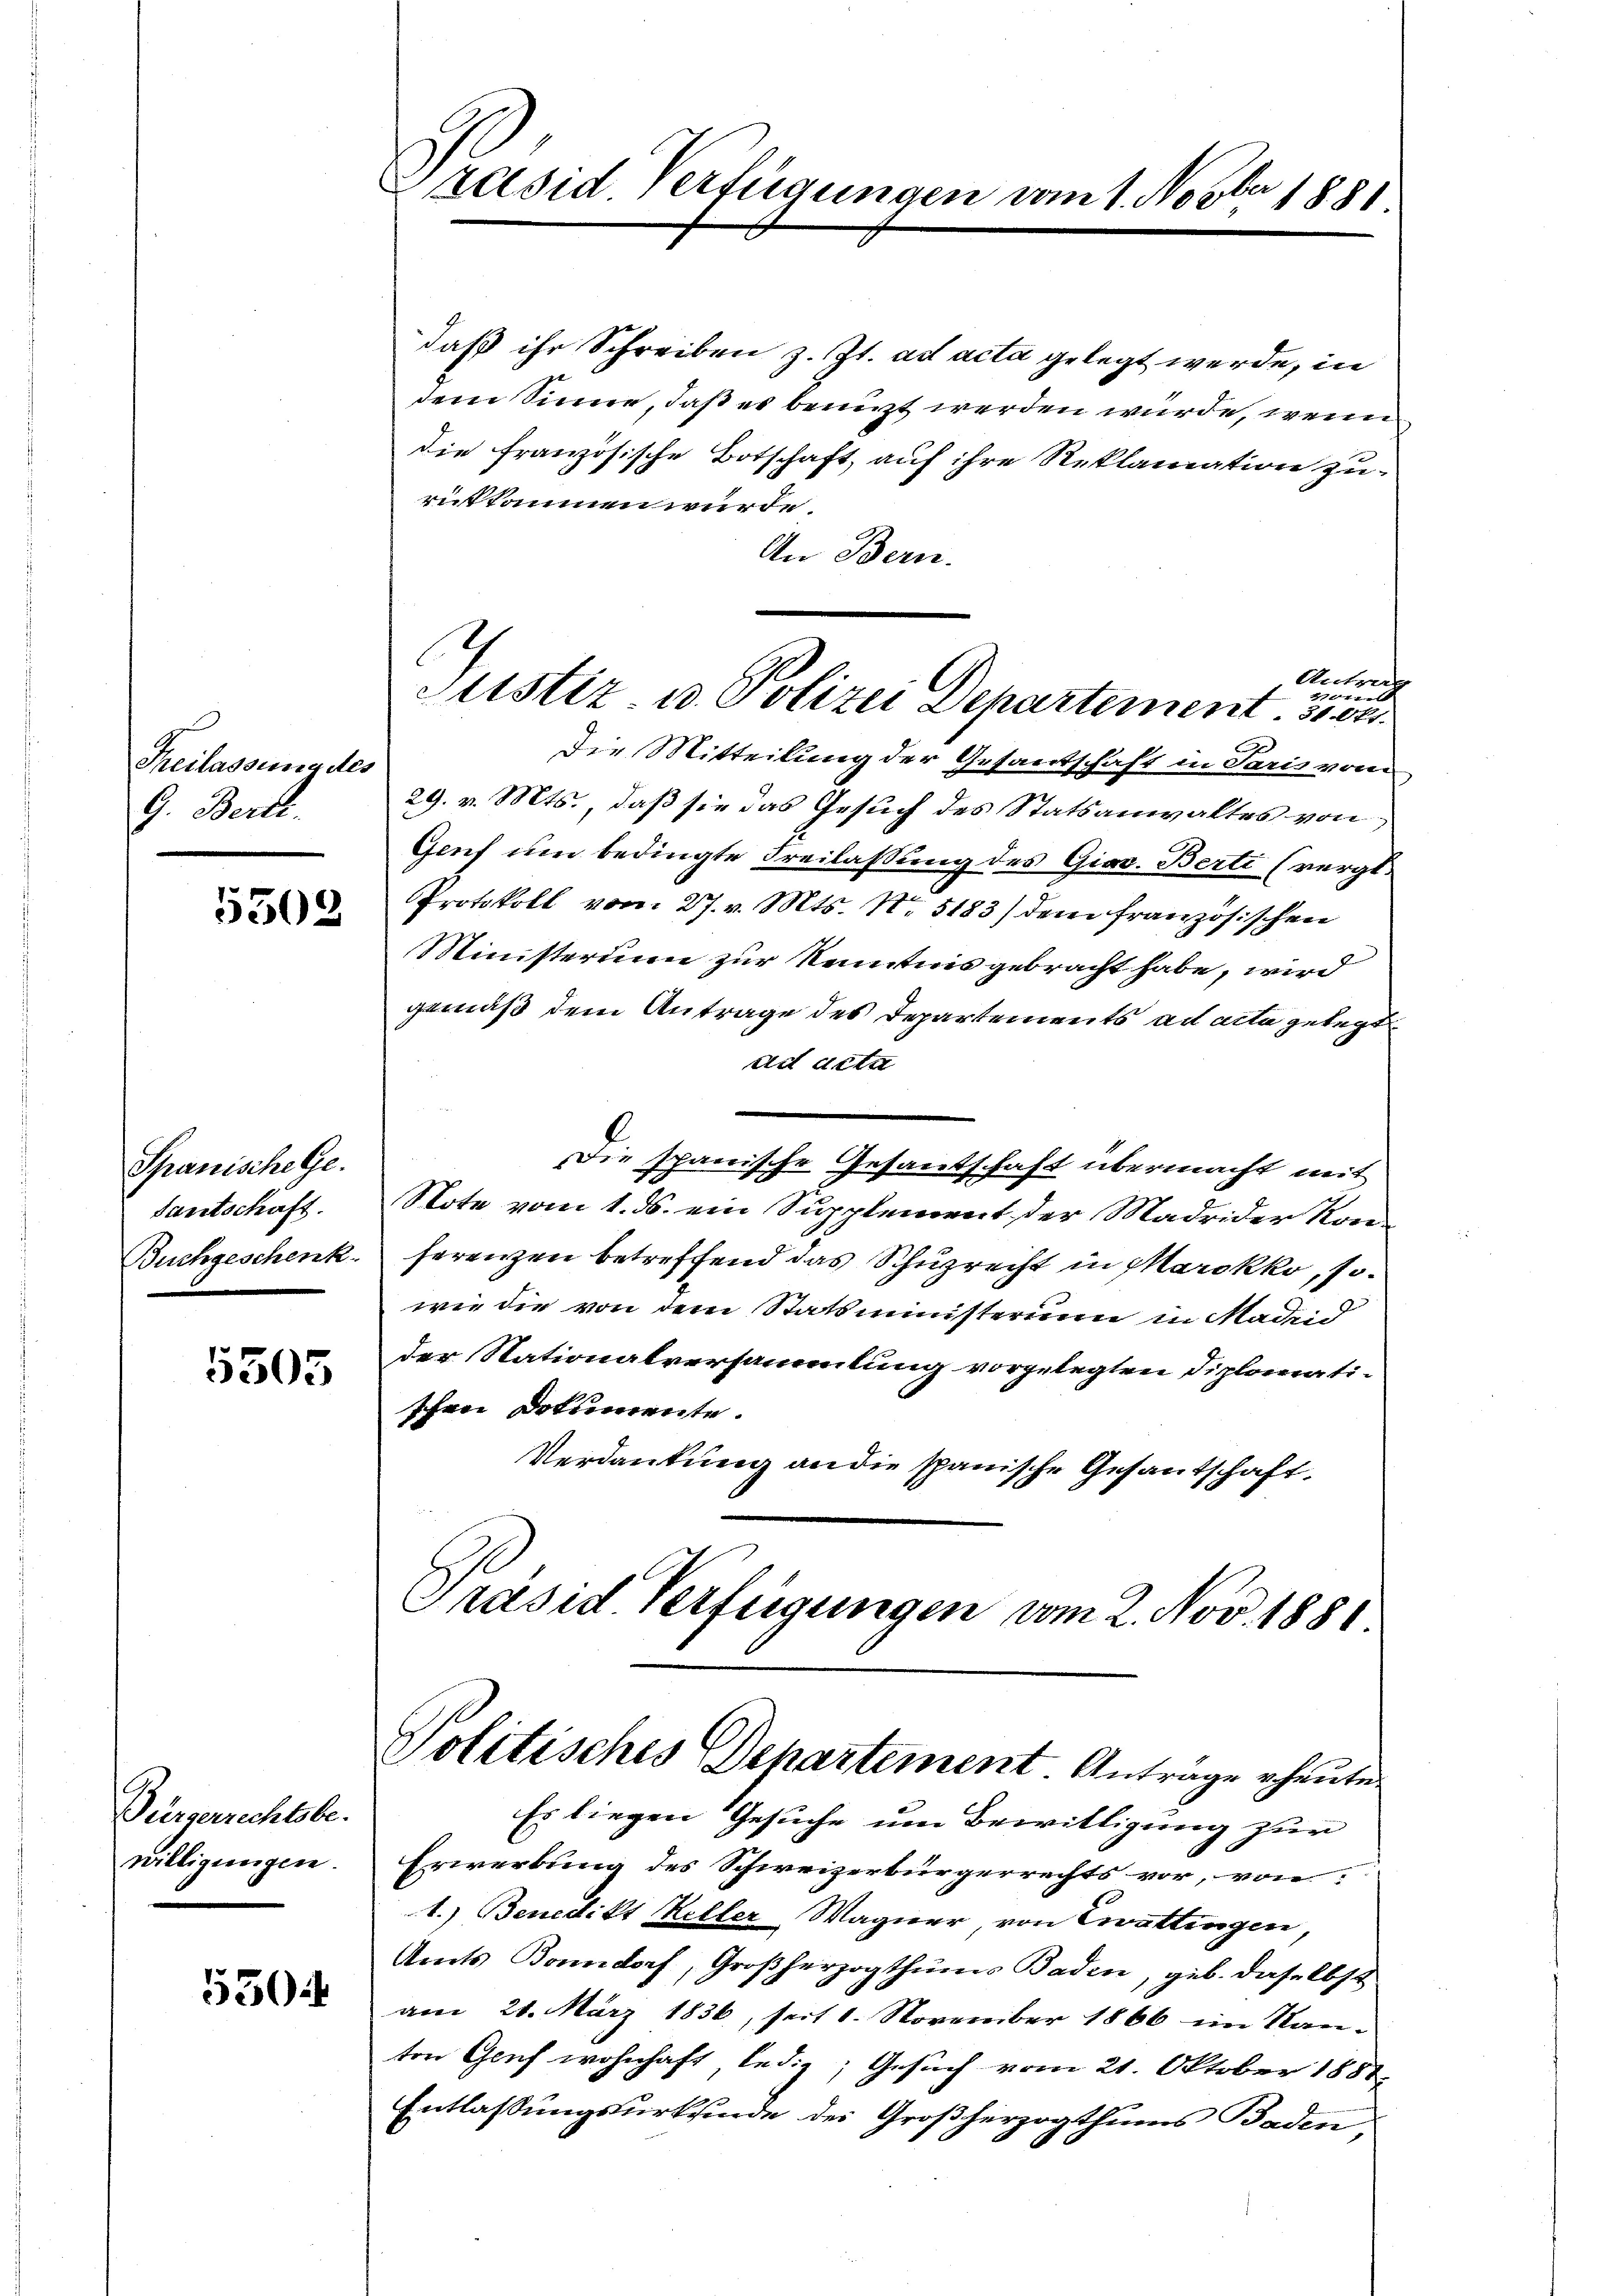
Freilassung des
9. Berti.

5302

Spanische Ge
fantschaft.
Buchgeschenk.

5505

Bürgerrechtsbe-
willigungen.

530.

Präsid Verfügungen vom 1. Novber 1881

daß ihr Schreiben z. Zt. ad acta gelegt werde, in
dem Sinne, daß es benuzt werden wurde, wenn
die französische Botschaft, auf ihre Reklamation zurükkommen wurde
An Bern.
Antrag
17ten
Die Mitteilung der Gesandtschaft in Paris von
29. v. Mts. daß sie das Gesuch des Statsanwaltes von
Genf um bedingte Freilassung des Giac. Berti (vergl.
Protokoll vom 27. v. Mts. No 5183) dem französischen
Ministerium zur Kenntnis gebracht habe, wird
gemäß dem Antrage des Departements ad acta gelegt
dit acta
Die spanische Gesantschaft übermacht mit
Note vom 1. ds. ein Supplement der Madrider Konferenzen betreffend das Schuprecht in Marokko, sowie die von dem Statsministerium in Made
der Nationalversammlung vorgelegten Diplomatischrei Dokumente.
Verdankung an die spanische Gesantschaft.
Präsid Verfügungen vom 2. Nov. 1881

Justiz u. Polizei Departement. 3100.

Politisches Departement Antrage heute

Es liegen Gesuche um Bewilligung zur
.
Erwerbung des Schweizerbürgerrechts vor, von
1.) Benedikt Heller Wagner von Trattingen
Amts Bonndorf, Großherzogthums Baden, geb. daselbst
am 21. März 1836, seit 1. November 1866 im Kan-
ton Genf wohnhaft, ledig; Gesuch vom 21. Oktober 1881.
Entlassungsurkunde des Großherzogthums Baden